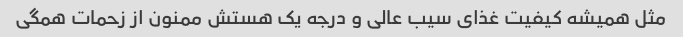
مثل همیشه کیفیت غذای سیب عالی و درجه یک هستش ممنون از زحمات همگی